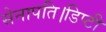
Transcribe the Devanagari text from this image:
सेनापति।डिप्टी